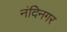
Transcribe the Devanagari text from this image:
नंदिनगर